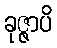
ခုဇ္ဇာပိ